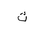
Letter: _tha